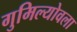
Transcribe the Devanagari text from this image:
गुमिल्योवला